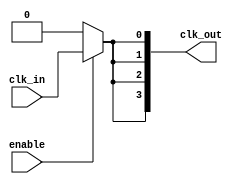
module ClockTreeBuffer (
    input wire clk_in,          // Primary clock input
    input wire enable,          // Enable signal for clock gating
    output wire [N-1:0] clk_out // Clock outputs (N outputs)
);
    parameter N = 4;            // Number of clock outputs
    parameter BUFFER_DELAY = 1; // Buffer delay (in simulation time units)

    wire clk_gated;             // Gated clock signal
    wire [N-1:0] buf_out;       // Buffered outputs

    // Clock Gating Logic
    assign clk_gated = enable ? clk_in : 1'b0;

    // Buffer Stages
    genvar i;
    generate
        for (i = 0; i < N; i = i + 1) begin : buffer_stage
            // Buffer instantiation with delay
            assign #BUFFER_DELAY buf_out[i] = clk_gated;
        end
    endgenerate

    // Output Stage
    assign clk_out = buf_out;

endmodule